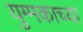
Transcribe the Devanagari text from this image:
युग्मकाच्या